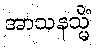
အာသနသ္မိံ